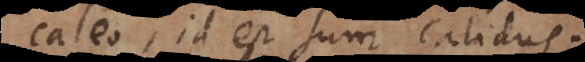
caleo, id est sum calidus.